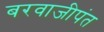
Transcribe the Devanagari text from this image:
बरवाजीपंत